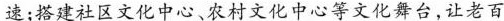
速；搭建社区文化中心、农村文化中心等文化舞台，让老百